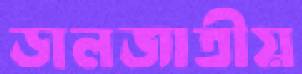
ডালজাতীয়